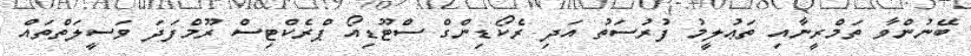
ބޭނުންވާ ތަމްރީނާއި ތަޢުލީމު ފުރުސަތު އަދި ރެކޯޑިންގް ސްޓޫޑިއޯ ޕްރެކްޓިސް ރޫމްފަދަ ވަސީލަތްތައް